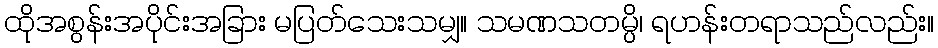
ထိုအစွန်းအပိုင်းအခြား မပြတ်သေးသမျှ။ သမဏသတမ္ပိ၊ ရဟန်းတရာသည်လည်း။